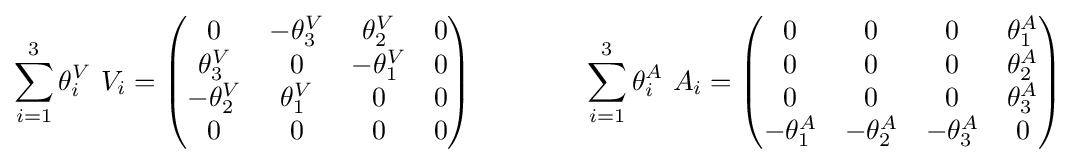
\sum _{i=1}^{3}\theta _{i}^{V}\ V_{i}={\begin{pmatrix}0&-\theta _{3}^{V}&\theta _{2}^{V}&0\\\theta _{3}^{V}&0&-\theta _{1}^{V}&0\\-\theta _{2}^{V}&\theta _{1}^{V}&0&0\\0&0&0&0\end{pmatrix}}\qquad \qquad \sum _{i=1}^{3}\theta _{i}^{A}\ A_{i}={\begin{pmatrix}0&0&0&\theta _{1}^{A}\\0&0&0&\theta _{2}^{A}\\0&0&0&\theta _{3}^{A}\\-\theta _{1}^{A}&-\theta _{2}^{A}&-\theta _{3}^{A}&0\end{pmatrix}}